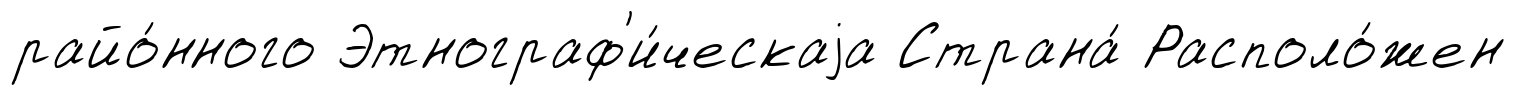
райо́нного Этнограф'и́ческаjа Страна́ Располо́жен